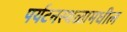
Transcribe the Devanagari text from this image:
पर्यटनस्थळामधील